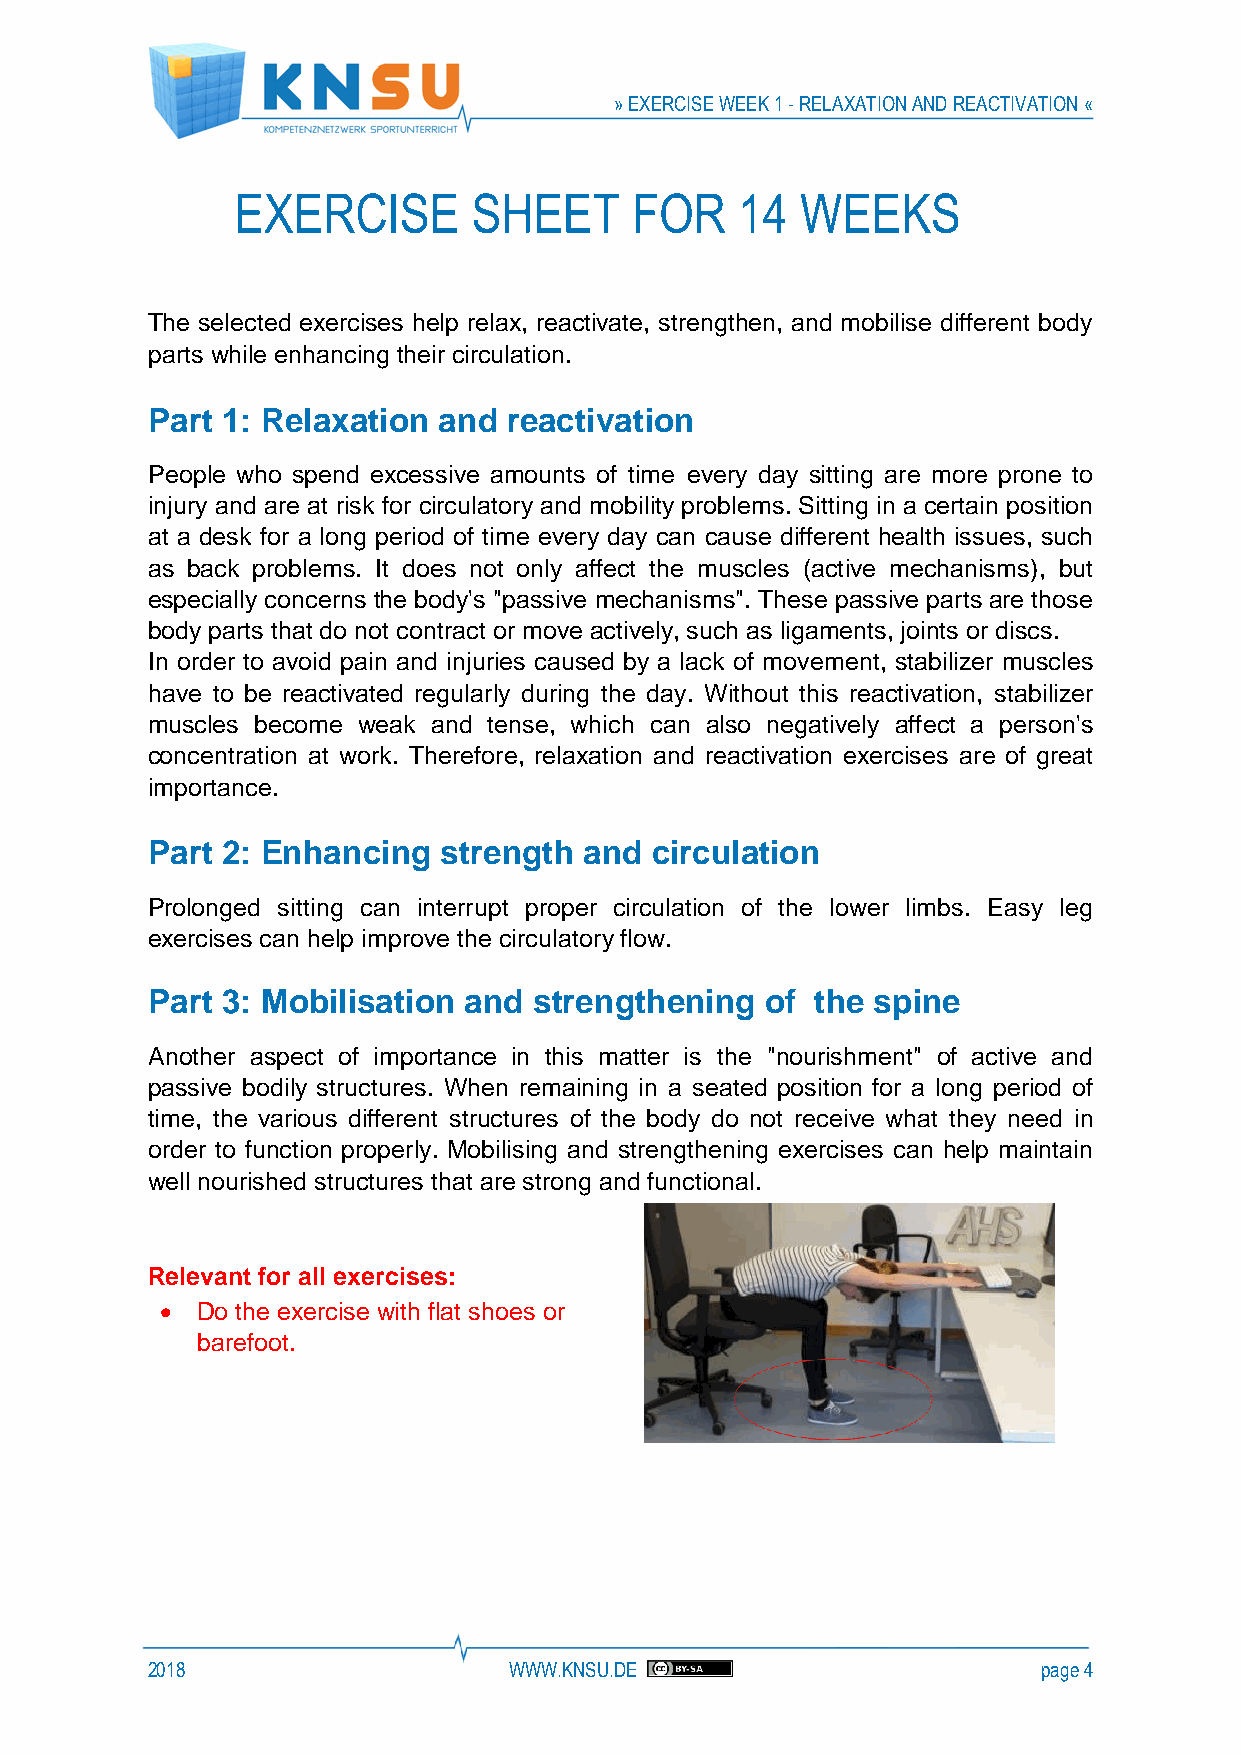
» EXERCISE WEEK 1 - RELAXATION AND REACTIVATION «
 EXERCISE        SHEET      FOR    14  WEEKS
 The selected exercises help relax, reactivate, strengthen, and mobilise different body
 parts while enhancing their circulation.
 Part 1: Relaxation and  reactivation
 People who spend excessive amounts of time every day sitting are more prone to
 injury and are at risk for circulatory and mobility problems. Sitting in a certain position
 at a desk for a long period of time every day can cause different health issues, such
 as back problems. It does not only affect the muscles (active mechanisms), but
 especially concerns the body's "passive mechanisms". These passive parts are those
 body parts that do not contract or move actively, such as ligaments, joints or discs.
 In order to avoid pain and injuries caused by a lack of movement, stabilizer muscles
 have to be reactivated regularly during the day. Without this reactivation, stabilizer
 muscles become weak and tense, which can also negatively affect a person's
 concentration at work. Therefore, relaxation and reactivation exercises are of great
 importance.
 Part 2: Enhancing  strength  and circulation
 Prolonged sitting can interrupt proper circulation of the lower limbs. Easy leg
 exercises can help improve the circulatory flow.
 Part 3: Mobilisation and strengthening   of the spine
 Another aspect of importance in this matter is the "nourishment" of active and
 passive bodily structures. When remaining in a seated position for a long period of
 time, the various different structures of the body do not receive what they need in
 order to function properly. Mobilising and strengthening exercises can help maintain
 well nourished structures that are strong and functional.
 Relevant for all exercises:
 • Do the exercise with flat shoes or
 barefoot.
 2018                    WWW.KNSU.DE                        page 4